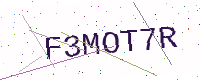
Text: F3MOT7R